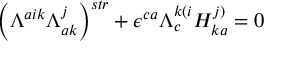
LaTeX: \left( \Lambda ^ { a i k } \Lambda _ { a k } ^ { j } \right) ^ { s t r } + \epsilon ^ { c a } \Lambda _ { c } ^ { k ( i } H _ { k a } ^ { j ) } = 0